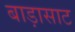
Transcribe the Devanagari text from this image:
बाड़ासाट